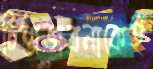
চিন্তাভাবনাকেই